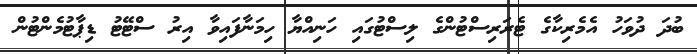
ބުދަ ދުވަހު އެމެރިކާގެ ޓެރަރިސްޓުންގެ ލިސްޓުގައި ހަނިއްޔާ ހިމަނާފައިވާ އިރު ސްޓޭޓު ޑިޕާޓުމެންޓުން